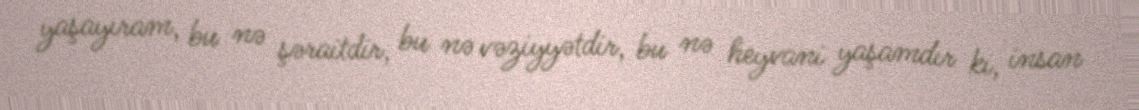
yaşayıram, bu nə şəraitdir, bu nə vəziyyətdir, bu nə heyvani yaşamdır ki, insan